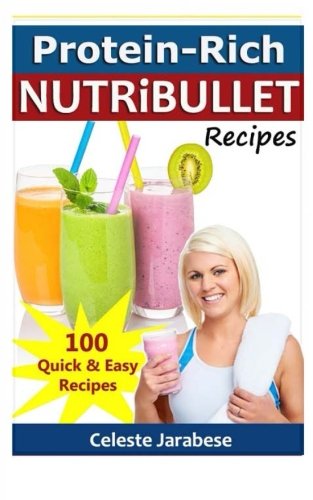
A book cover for Protein-Rich NUTRiBULLET Recipes; Celeste Jarabese; Cookbooks, Food & Wine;